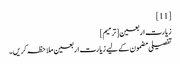
[11]
زیارت اربعین[ترمیم]
تفصیلی مضمون کے لیے زیارت اربعین ملاحظہ کریں۔